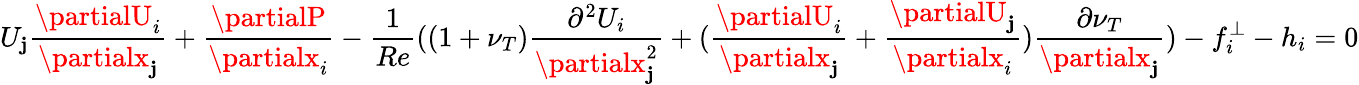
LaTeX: U_{\mathbf{j}}\frac{{\partialU_{i}}}{{\partialx_{\mathbf{j}}}}+\frac{{\partialP}}{{\partialx_{i}}}-\frac{{1}}{{Re}}((1+\nu_{T})\frac{{\partial^{2}U_{i}}}{{\partialx_{\mathbf{j}}^{2}}}+(\frac{{\partialU_{i}}}{{\partialx_{\mathbf{j}}}}+\frac{{\partialU_{\mathbf{j}}}}{{\partialx_{i}}})\frac{{\partial\nu_{T}}}{{\partialx_{\mathbf{j}}}})-f_{i}^{\perp}-h_{i}=0